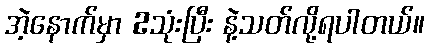
အဲ့နောက်မှာ 2သုံးပြီး နဲ့သတ်လို့ရပါတယ်။